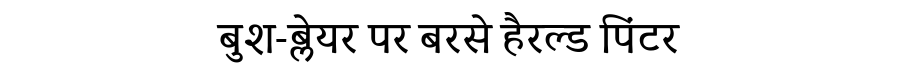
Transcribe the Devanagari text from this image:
बुश-ब्लेयर पर बरसे हैरल्ड पिंटर